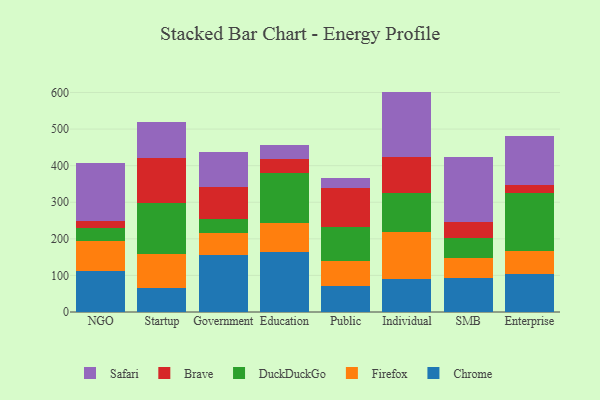
{"axis": {"x": "Segment", "y": "Shipments"}, "legend": ["Brave", "Chrome", "DuckDuckGo", "Firefox", "Safari"], "data": [{"x": "NGO", "y": 110.9, "type": "Chrome"}, {"x": "NGO", "y": 82.3, "type": "Firefox"}, {"x": "NGO", "y": 35.5, "type": "DuckDuckGo"}, {"x": "NGO", "y": 18.9, "type": "Brave"}, {"x": "NGO", "y": 158.5, "type": "Safari"}, {"x": "Startup", "y": 65.8, "type": "Chrome"}, {"x": "Startup", "y": 93.1, "type": "Firefox"}, {"x": "Startup", "y": 139.8, "type": "DuckDuckGo"}, {"x": "Startup", "y": 122.1, "type": "Brave"}, {"x": "Startup", "y": 98.0, "type": "Safari"}, {"x": "Government", "y": 156.8, "type": "Chrome"}, {"x": "Government", "y": 58.0, "type": "Firefox"}, {"x": "Government", "y": 40.7, "type": "DuckDuckGo"}, {"x": "Government", "y": 87.5, "type": "Brave"}, {"x": "Government", "y": 93.2, "type": "Safari"}, {"x": "Education", "y": 163.1, "type": "Chrome"}, {"x": "Education", "y": 79.5, "type": "Firefox"}, {"x": "Education", "y": 137.1, "type": "DuckDuckGo"}, {"x": "Education", "y": 39.0, "type": "Brave"}, {"x": "Education", "y": 37.1, "type": "Safari"}, {"x": "Public", "y": 70.6, "type": "Chrome"}, {"x": "Public", "y": 69.6, "type": "Firefox"}, {"x": "Public", "y": 92.2, "type": "DuckDuckGo"}, {"x": "Public", "y": 105.6, "type": "Brave"}, {"x": "Public", "y": 28.1, "type": "Safari"}, {"x": "Individual", "y": 90.8, "type": "Chrome"}, {"x": "Individual", "y": 128.6, "type": "Firefox"}, {"x": "Individual", "y": 105.5, "type": "DuckDuckGo"}, {"x": "Individual", "y": 98.4, "type": "Brave"}, {"x": "Individual", "y": 179.1, "type": "Safari"}, {"x": "SMB", "y": 94.1, "type": "Chrome"}, {"x": "SMB", "y": 53.3, "type": "Firefox"}, {"x": "SMB", "y": 54.3, "type": "DuckDuckGo"}, {"x": "SMB", "y": 44.9, "type": "Brave"}, {"x": "SMB", "y": 176.6, "type": "Safari"}, {"x": "Enterprise", "y": 104.6, "type": "Chrome"}, {"x": "Enterprise", "y": 62.6, "type": "Firefox"}, {"x": "Enterprise", "y": 157.3, "type": "DuckDuckGo"}, {"x": "Enterprise", "y": 23.7, "type": "Brave"}, {"x": "Enterprise", "y": 131.5, "type": "Safari"}]}